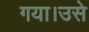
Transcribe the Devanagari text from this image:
गया।उसे